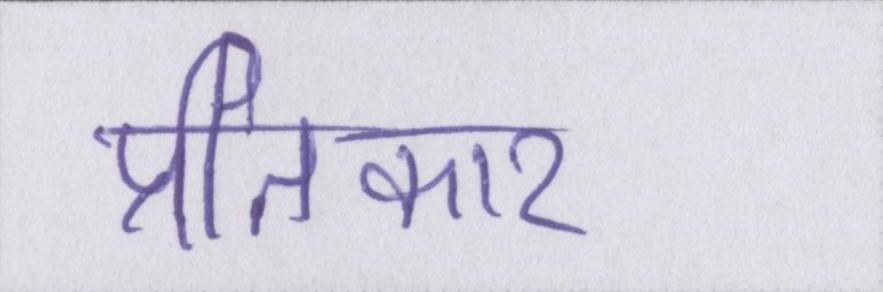
प्रतिकार